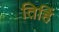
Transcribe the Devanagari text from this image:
तिहिं